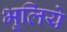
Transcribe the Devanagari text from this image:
भूलिये